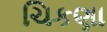
ચિકણા